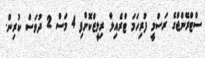
ސްޓްރޭންޖްގެ ރަސްމީ ފުރިހަމަ ޓްރެއިލާ ރިލީޒްކޮށްފި 4 މަސް 2 ދުވަސް ކުރިން.